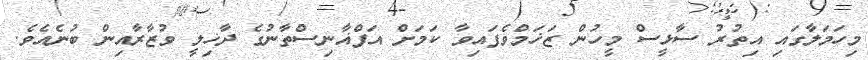
މިހަމަލާގައި އިތުރު ސާޅީސް މީހުން ޒަޚަމްވެފައިވާ ކަމަށް އަފްޣާނިސްތާނުގެ ދާޚިލީ ވުޒާރާއިން ބުނެއެވެ.